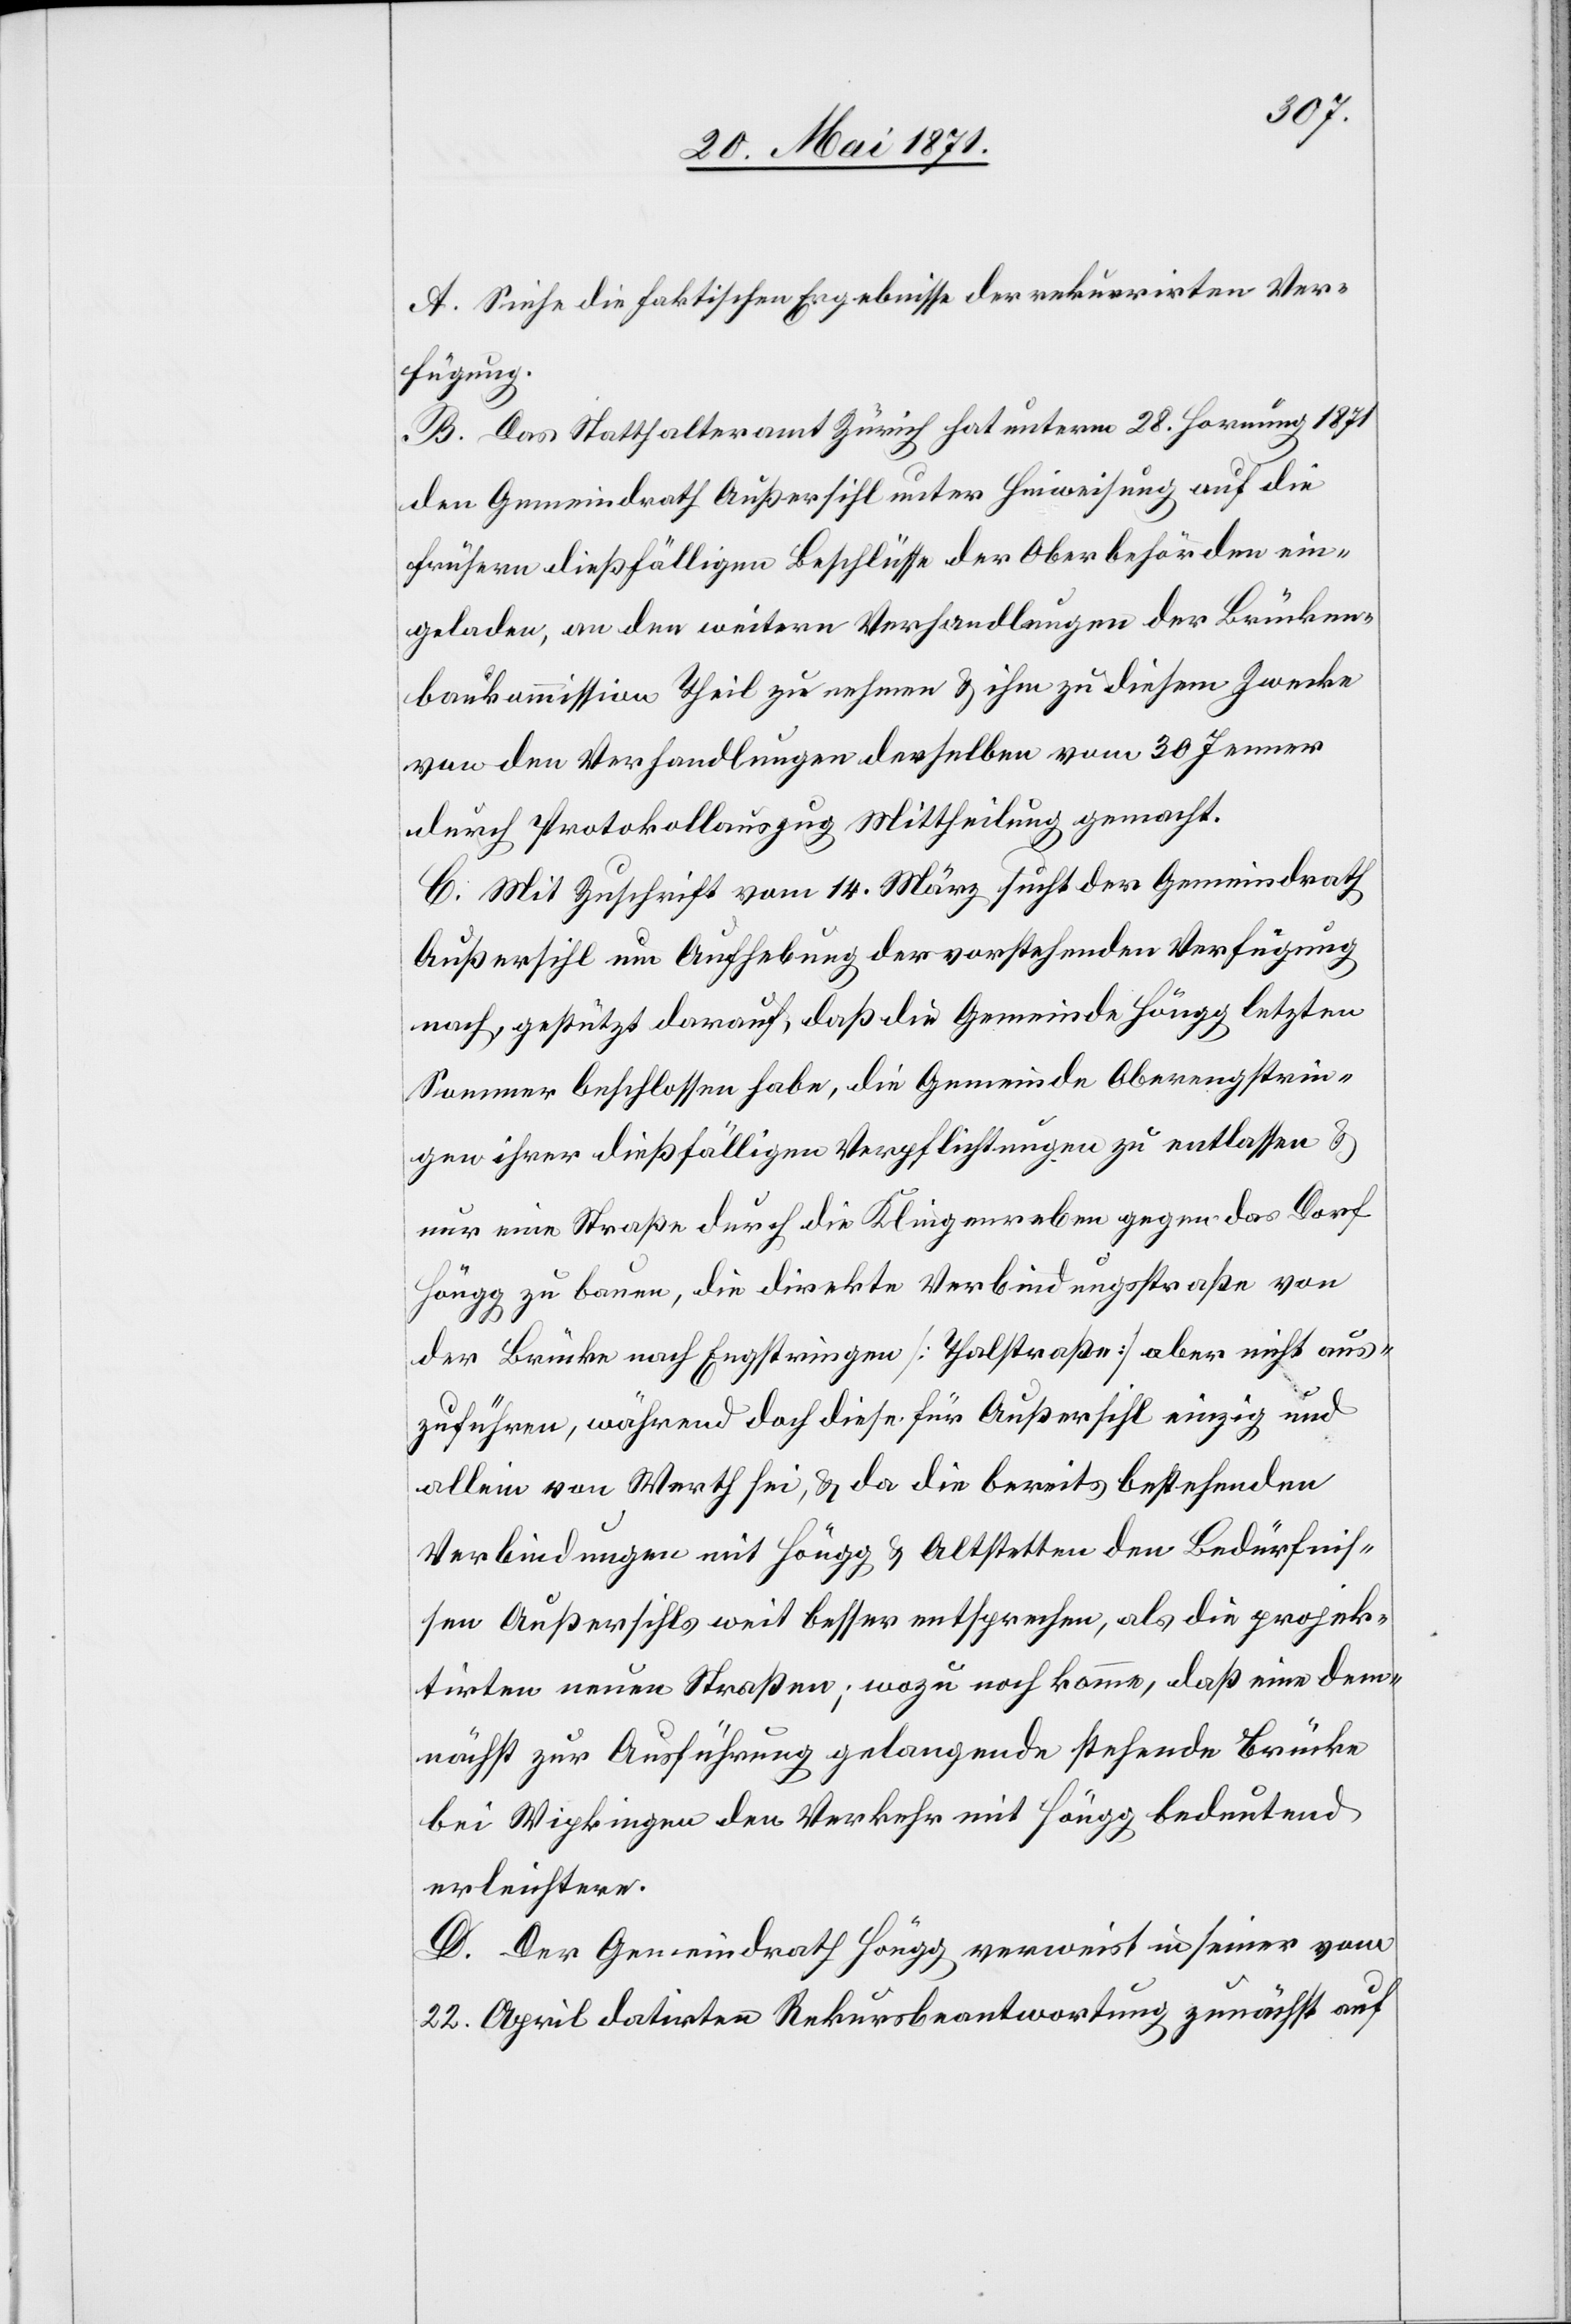
A. Siehe die faktischen Ergebnisse der rekurrirten Ver¬
fügung.
B. Das Statthalteramt Zürich hat unterm 28. Hornung 1871
den Gemeindrath Außersihl unter Hinweisung auf die
frühern dießfälligen Beschlüsse der Oberbehörden ein¬
geladen, an den weitern Verhandlungen der Brücken¬
baukommission Theil zu nehmen u. ihm zu diesem Zwecke
von den Verhandlungen derselben vom 30 Jenner
durch Protokollauszug Mittheilung gemacht.
C. Mit Zuschrift vom 14. März sucht der Gemeindrath
Außersihl um Aufhebung der vorstehenden Verfügung
nach, gestützt darauf, daß die Gemeinde Höngg letzten
Sommer beschlossen habe, die Gemeinde Oberengstrin¬
gen ihrer dießfälligen Verpflichtungen zu entlassen u.
nur eine Straße durch die Klingenreben gegen das Dorf
Höngg zu bauen, die direkte Verbindungsstraße von
der Brücke nach Engstringen [Thalstraße] aber nicht aus¬
zuführen, während doch diese für Außersihl einzig und
allein von Werth sei, u. da die bereits bestehenden
Verbindungen mit Höngg u. Altstetten den Bedürfnis¬
sen Außersihls weit besser entsprechen, als die projek¬
tirten neuen Straßen; wozu noch komme, daß eine dem¬
nächst zur Ausführung gelangende stehende Brücke
bei Wipkingen den Verkehr mit Höngg bedeutend
erleichtere.
D. Der Gemeindrath Höngg verweist in seiner vom
22. April datirten Rekursbeantwortung zunächst auf